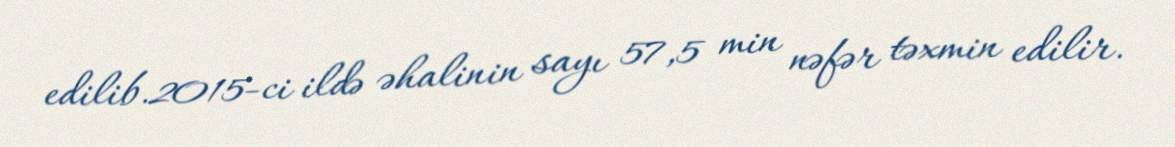
edilib.2015-ci ildə əhalinin sayı 57,5 min nəfər təxmin edilir.